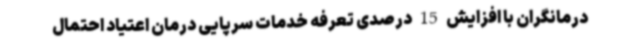
درمانگران با افزایش 15 درصدی تعرفه خدمات سرپایی درمان اعتیاد احتمال